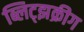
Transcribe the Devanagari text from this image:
ब्लिट्झक्रीग